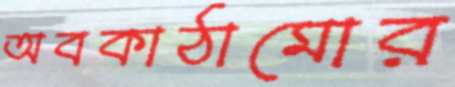
অবকাঠামোর